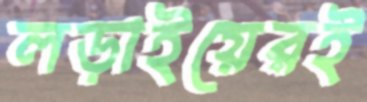
লড়াইয়েরই